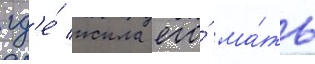
гд'е́ жила его́ ма́ть